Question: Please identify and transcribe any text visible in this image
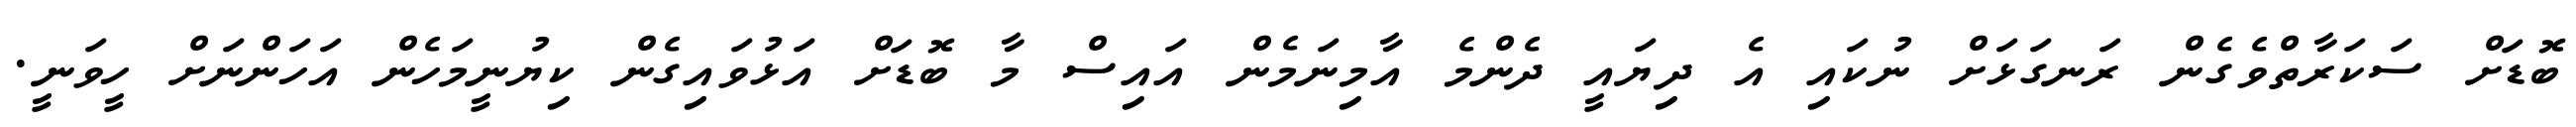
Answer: ބޮޑަށް ސަކަރާތްވެގެން ރަނގަޅަށް ނުކައި އެ ދިޔައީ ދެންމެ އާމިނަމެން އައިސް މާ ބޮޑަށް އަޅުވައިގެން ކިޔުނީމަހެން އަހަންނަށް ހީވަނީ.